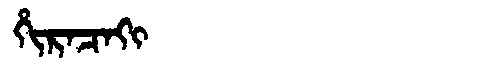
Manchu: ᡥᡳᡵᠠᠴᠠᡴᡳ
Romanization: HIRACAKI